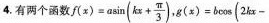
4.有两个函数 $$f ( x) = a \sin ( k x+ \frac { \ pi } { 3 } )$$，$$g ( x ) = b \cos ( 2 kx -